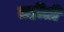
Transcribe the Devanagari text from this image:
तहीती